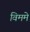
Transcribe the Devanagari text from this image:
विममे